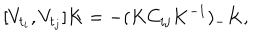
LaTeX: [ V _ { t _ { i } } , V _ { t _ { j } } ] K = - ( K C _ { i j } K ^ { - 1 } ) _ { - } K ,